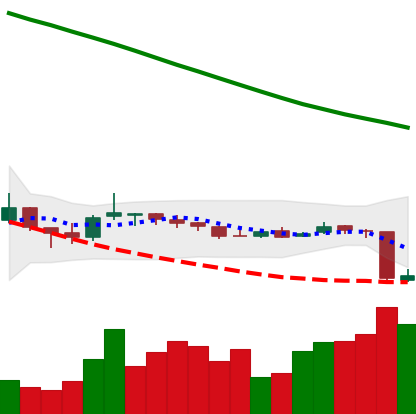
Ticker: NEO-USD
Chart end date: 2018-10-12
Forward return: 6.597%
Label: up_5_7